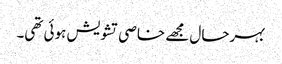
بہرحال مجھے خاصی تشویش ہوئی تھی۔